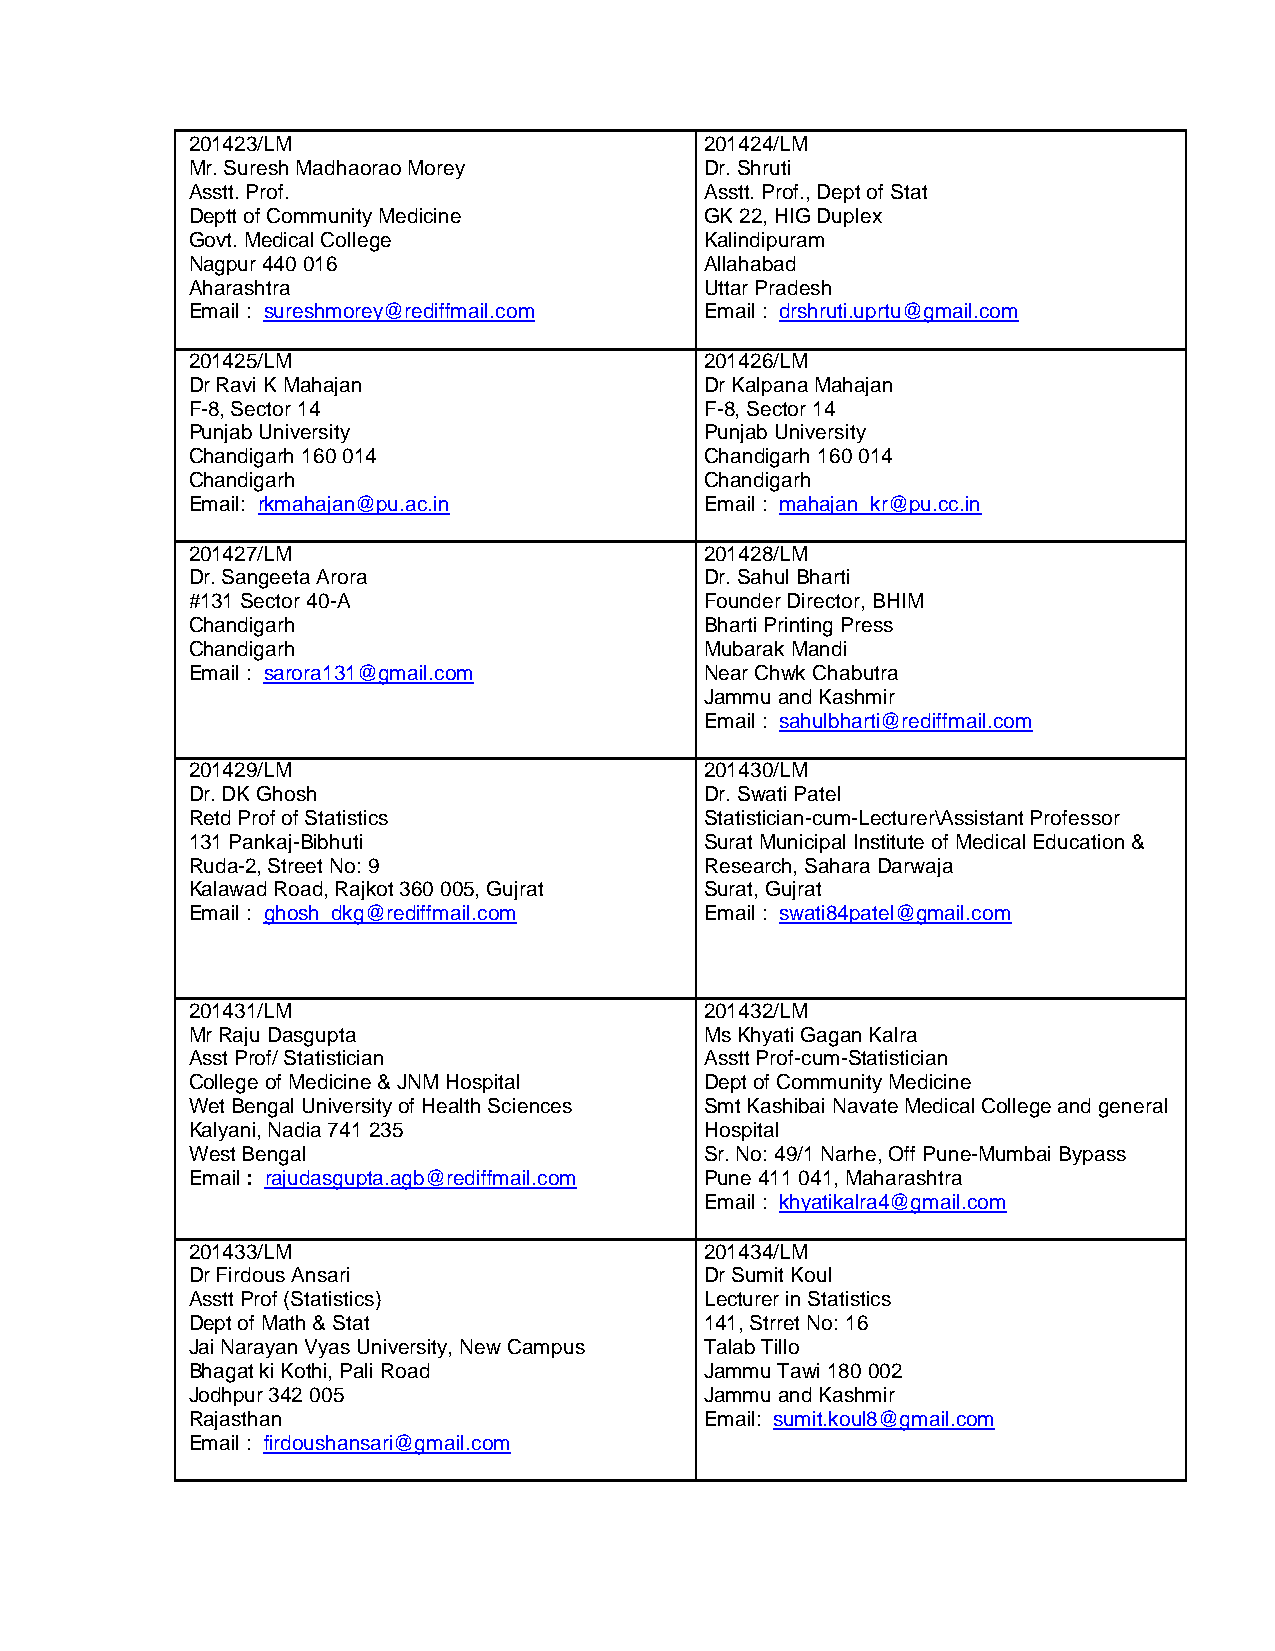
201423/LM                          201424/LM
 Mr. Suresh Madhaorao Morey         Dr. Shruti
 Asstt. Prof.                       Asstt. Prof., Dept of Stat
 Deptt of Community Medicine        GK 22, HIG Duplex
 Govt. Medical College              Kalindipuram
 Nagpur 440 016                     Allahabad
 Aharashtra                         Uttar Pradesh
 Email : sureshmorey@rediffmail.com Email : drshruti.uprtu@gmail.com
 201425/LM                          201426/LM
 Dr Ravi K Mahajan                  Dr Kalpana Mahajan
 F-8, Sector 14                     F-8, Sector 14
 Punjab University                  Punjab University
 Chandigarh 160 014                 Chandigarh 160 014
 Chandigarh                         Chandigarh
 Email: rkmahajan@pu.ac.in          Email : mahajan_kr@pu.cc.in
 201427/LM                          201428/LM
 Dr. Sangeeta Arora                 Dr. Sahul Bharti
 #131 Sector 40-A                   Founder Director, BHIM
 Chandigarh                         Bharti Printing Press
 Chandigarh                         Mubarak Mandi
 Email : sarora131@gmail.com        Near Chwk Chabutra
 Jammu and Kashmir
 Email : sahulbharti@rediffmail.com
 201429/LM                          201430/LM
 Dr. DK Ghosh                       Dr. Swati Patel
 Retd Prof of Statistics            Statistician-cum-Lecturer\Assistant Professor
 131 Pankaj-Bibhuti                 Surat Municipal Institute of Medical Education &
 Ruda-2, Street No: 9               Research, Sahara Darwaja
 Kalawad Road, Rajkot 360 005, Gujrat Surat, Gujrat
 Email : ghosh_dkg@rediffmail.com   Email : swati84patel@gmail.com
 201431/LM                          201432/LM
 Mr Raju Dasgupta                   Ms Khyati Gagan Kalra
 Asst Prof/ Statistician            Asstt Prof-cum-Statistician
 College of Medicine & JNM Hospital Dept of Community Medicine
 Wet Bengal University of Health Sciences Smt Kashibai Navate Medical College and general
 Kalyani, Nadia 741 235             Hospital
 West Bengal                        Sr. No: 49/1 Narhe, Off Pune-Mumbai Bypass
 Email : rajudasgupta.agb@rediffmail.com Pune 411 041, Maharashtra
 Email : khyatikalra4@gmail.com
 201433/LM                          201434/LM
 Dr Firdous Ansari                  Dr Sumit Koul
 Asstt Prof (Statistics)            Lecturer in Statistics
 Dept of Math & Stat                141, Strret No: 16
 Jai Narayan Vyas University, New Campus Talab Tillo
 Bhagat ki Kothi, Pali Road         Jammu Tawi 180 002
 Jodhpur 342 005                    Jammu and Kashmir
 Rajasthan                          Email: sumit.koul8@gmail.com
 Email : firdoushansari@gmail.com